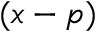
( x - p )